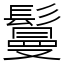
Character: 鬘